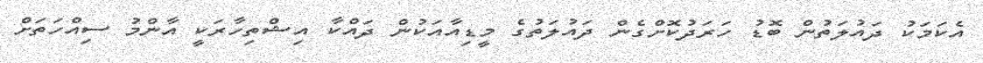
އެކަމަކު ދައުލަތުން ބޮޑު ހަރަދުކޮށްގެން ދައުލަތުގެ މީޑިއާއަކުން ދައްކާ އިޝްތިހާރަކީ އާންމު ސިއްހަތަށް